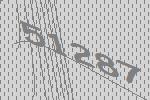
51287